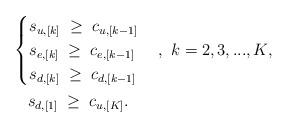
LaTeX: \begin{align*} & \begin{cases} s_{u,[k]} \;\ge\; c_{u,[k-1]} \\ s_{e,[k]} \;\ge\; c_{e,[k-1]} \\ s_{d,[k]} \;\ge\; c_{d,[k-1]} \\ \end{cases} ,~ k = 2, 3, ... , K,\\ &~~~ s_{d,[1]} \;\ge\;c_{u,[K]}.\end{align*}